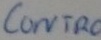
Text: control